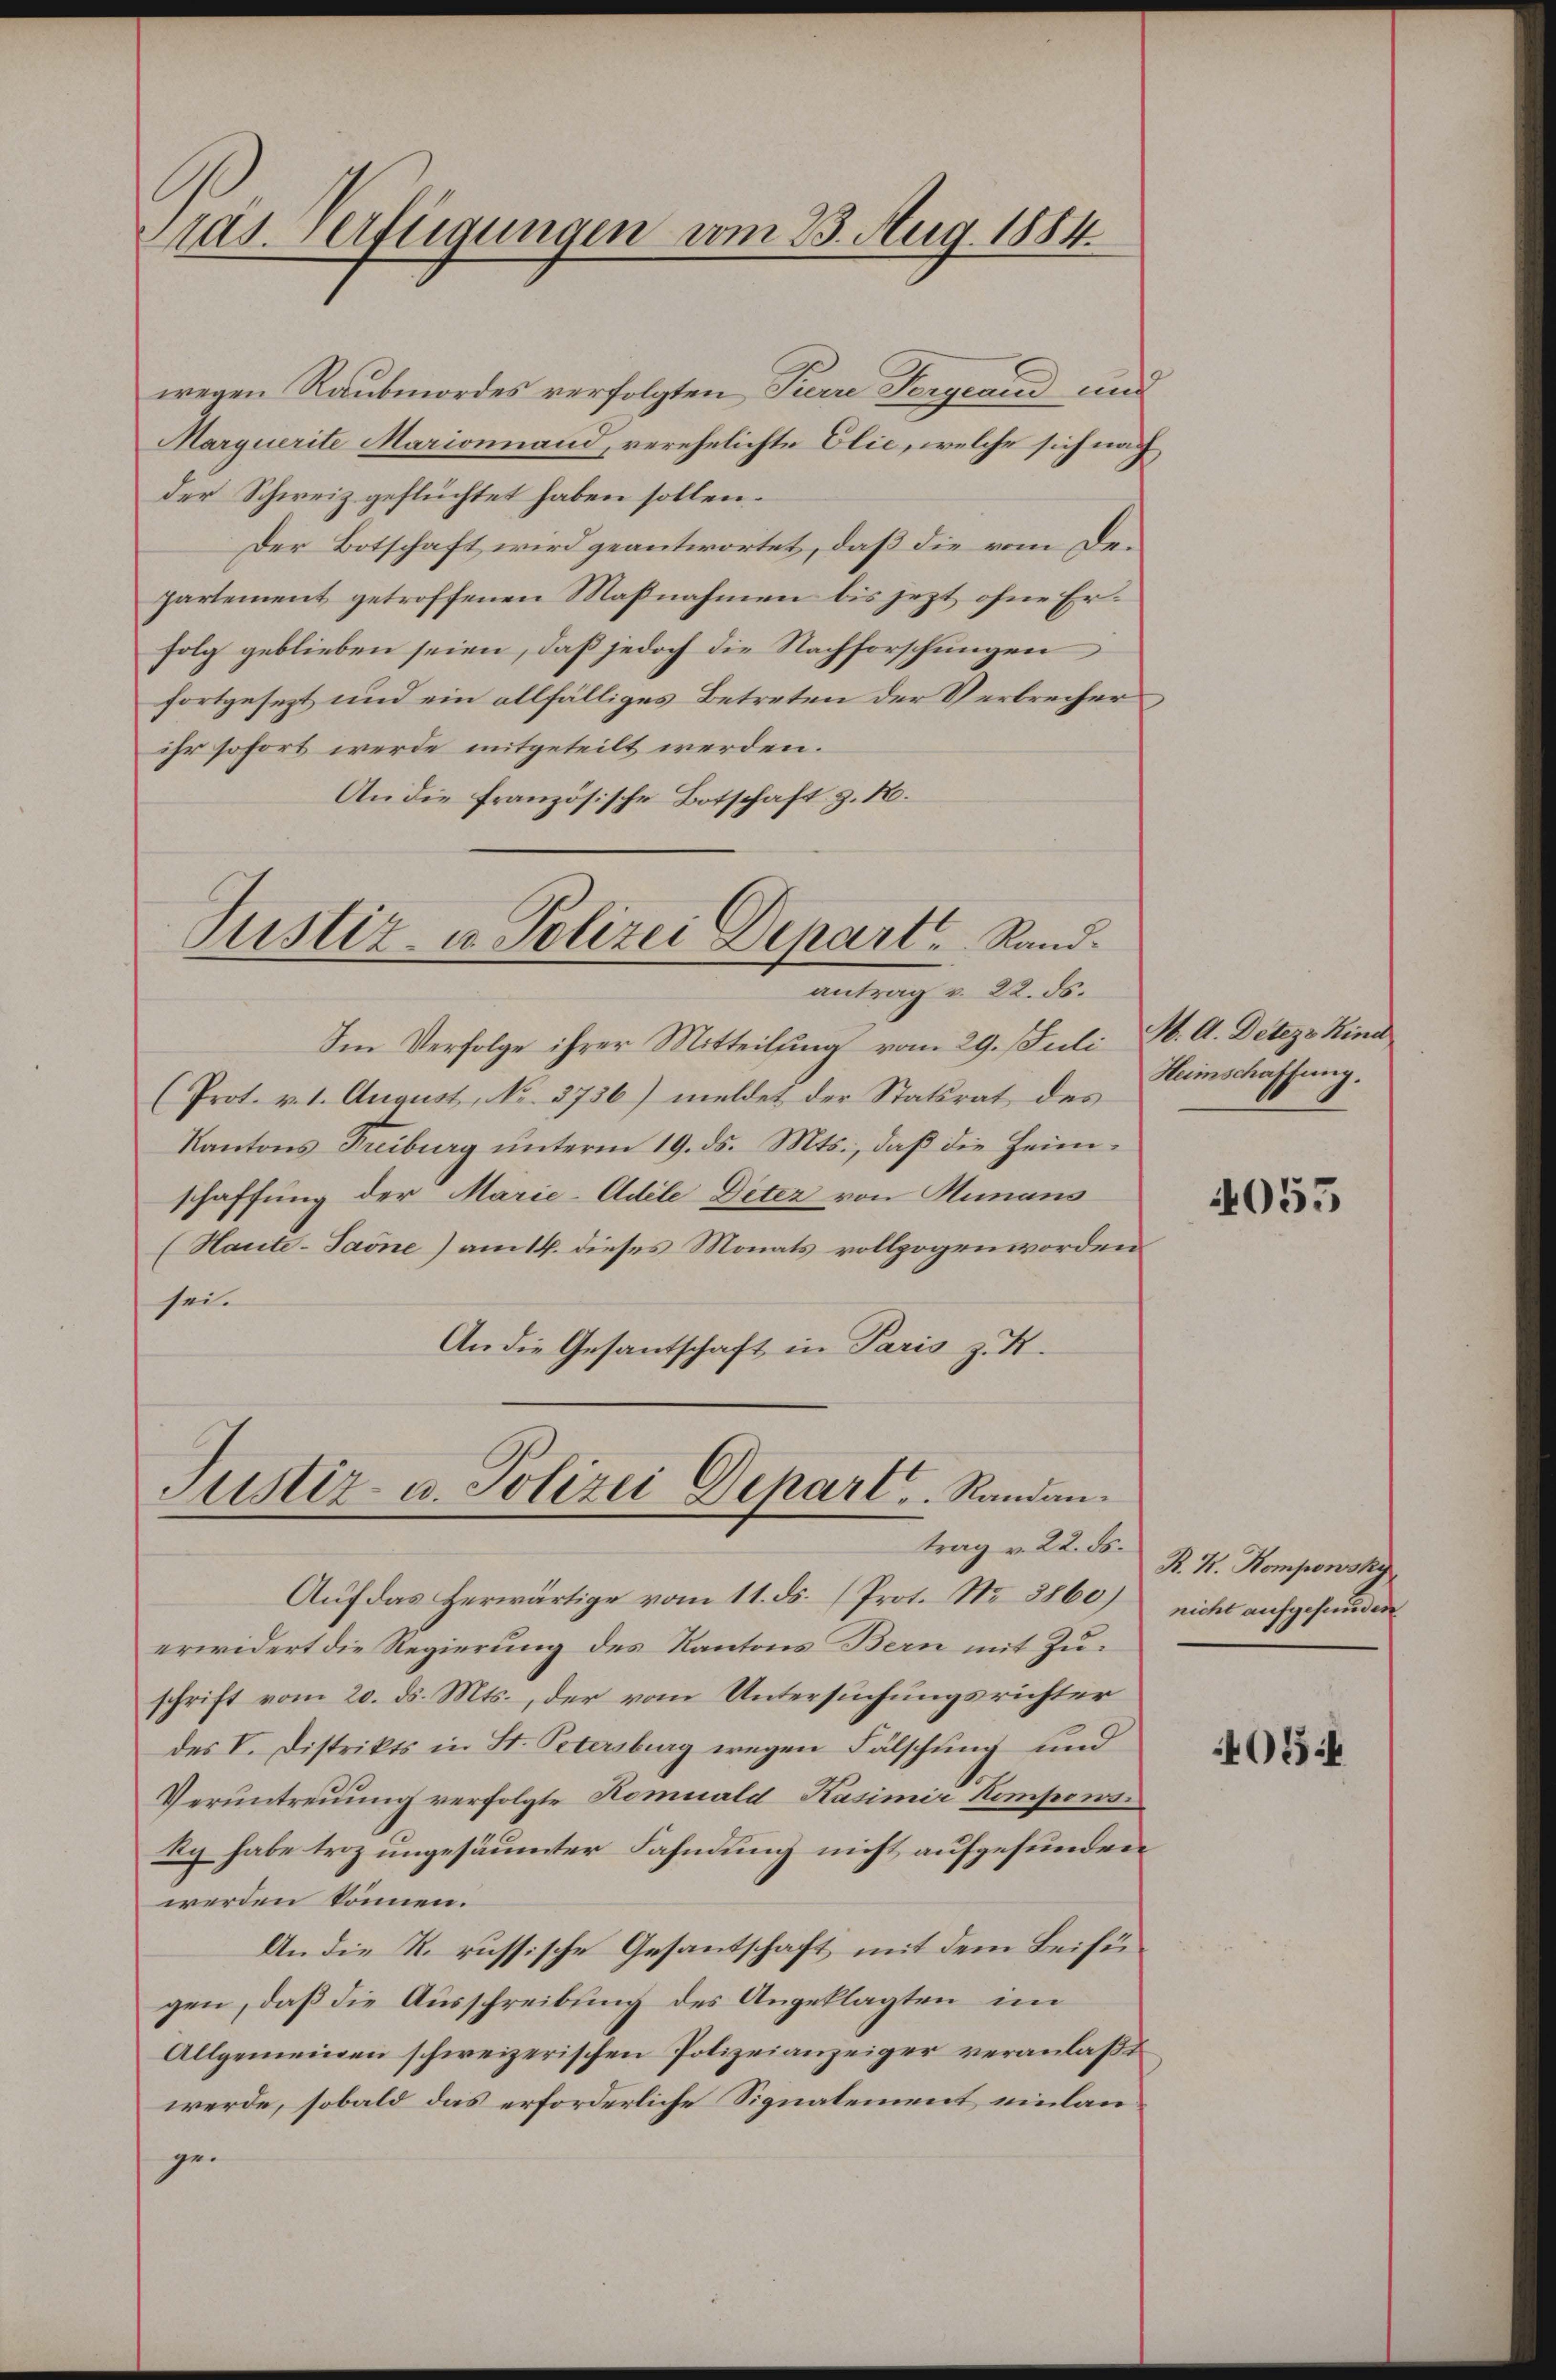
Mas. erftigungen vom 23. Aug. 1884.

wegen Raubmordes verfolgten Parre Fergrand und
Marquerite Marionnand, verehelichte Elić, welche sich nach
der Schweiz geflüchtet haben sollen.
Der Botschaft wird geantwortet, daß die vom Departement getroffenen Maßnahmen bis jezt ohne Erfolg geblieben seien, daß jedoch die Nachforschungen
fortgesezt und ein allfälliges Betreten der Verbrecher
ihr sofort werde mitgeteilt werden.
An die französische Botschaft z. B.

Justiz- u. Polizei Depart Rand.
antrag v. 22. ds.

Im Verfolge ihrer Mitteilung vom 29. Juli W. A. Detezo Kind
(Prot. v. 1. August, No. 3756) meldet der Statsrat des
Kantons Freiburg unterm 19. ds. Mts., daß die Heimschaffung der Marie-Adele Deter von Humans
(Haute-Saone) am 16. dieses Monats vollzogen worden
sei.
An die Gesantschaft in Paris z. B.

Justiz- u. Polizei Depart, Randantrag v. 22. ds.

Auf das herwärtige vom 11. ds. (Prot. No 8860)
erwidert die Regierung des Kantons Bern mit Zuschrift vom 20. ds. Mts., der vom Untersuchungsrichter
des V. Distrikts in St. Petersburg wegen Fälschung und
Veruntreuung verfolgte Komuald Kasimir Kompens¬
Sy habe trz ungesäumter Fahndung nicht aufgefunden
werden können.
An die R. russische Gesantschaft mit dem Beifügen, daß die Ausschreibung des Angeklagten im
Allgemeinen schweizerischen Polizeianzeiger veranlaßt
werde, sobald das erforderliche Signalement einlange¬

Heimschaffung.

4055

R. V. Komponsky
nicht aufgefunden

403 f